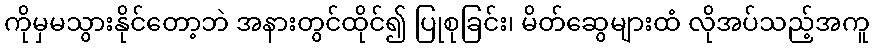
ကိုမှမသွားနိုင်တော့ဘဲ အနားတွင်ထိုင်၍ ပြုစုခြင်း၊ မိတ်ဆွေများထံ လိုအပ်သည့်အကူ